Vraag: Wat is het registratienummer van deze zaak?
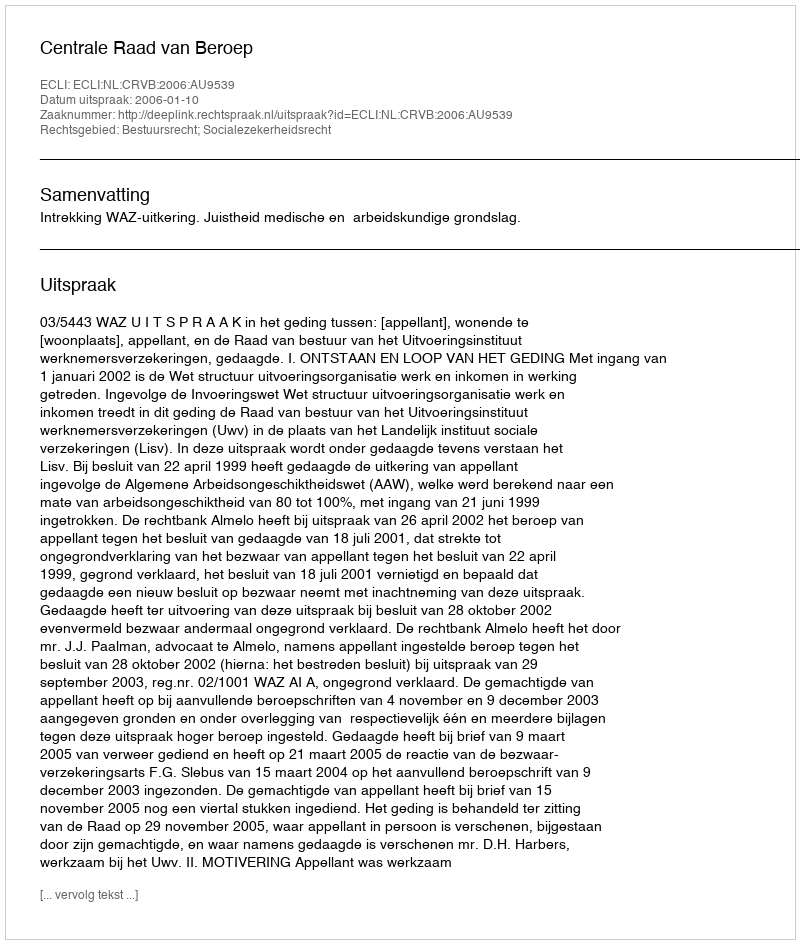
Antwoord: http://deeplink.rechtspraak.nl/uitspraak?id=ECLI:NL:CRVB:2006:AU9539